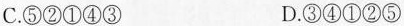
C.⑤②①④③ D.③④①②⑤